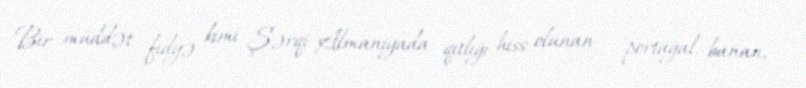
Bir müddət fidyə kimi Şərqi Almaniyada qıtlığı hiss olunan - portağal, banan,